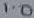
Text: 1.0